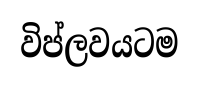
විප්ලවයටම